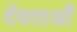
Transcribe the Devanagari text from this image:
देंवताऔं